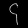
Digit: ၄